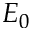
E _ { 0 }